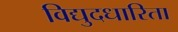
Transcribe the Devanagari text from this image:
विद्युदधारिता